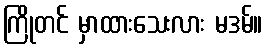
ကြိုတင် မှာထားသေးလား မဒမ်။